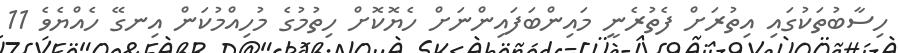
ހިސާބުތަކުގައި އިތުރަށް ފެތުރެނީ މައިންބަފައިންނަށް ހެޔޮކޮޮށް ހިތުމުގެ މުހިއްމުކަން އިނގޭ ހެެއްޔެވެ 11